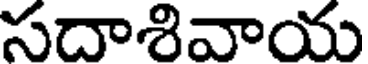
సదాశివాయ